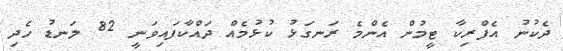
ދެކުނު އެފްރިކާ ޓީމުން އެންމެ ރަނގަޅު ކުޅުމެއް ދައްކާފައިވަނީ 82 ލަނޑު ހެދި